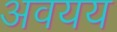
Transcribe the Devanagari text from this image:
अवयय